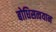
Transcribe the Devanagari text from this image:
बोधिसत्वयान